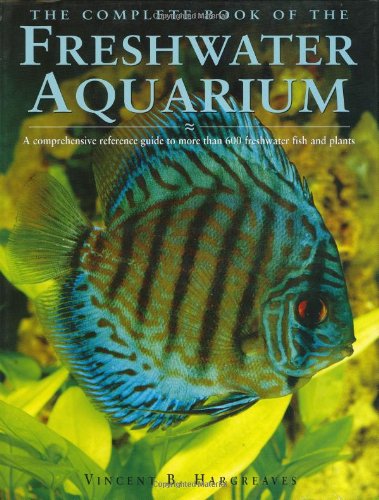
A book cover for The Complete Book of the Freshwater Aquarium: A Comprehensive Reference Guide to More Than 600 Freshwater Fish and Plants; Vincent Hargreaves; Crafts, Hobbies & Home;